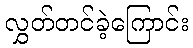
လွှတ်တင်ခဲ့ကြောင်း